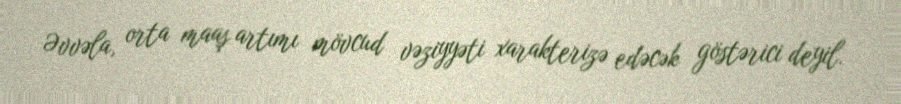
Əvvəla, orta maaş artımı mövcud vəziyyəti xarakterizə edəcək göstərici deyil.